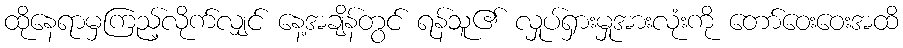
ထိုနေရာမှကြည့်လိုက်လျှင် နေ့အချိန်တွင် ရန်သူ၏ လှုပ်ရှားမှုအားလုံးကို တော်ဝေးဝေးအထိ